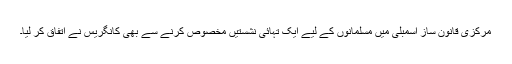
مرکزی قانون ساز اسمبلی میں مسلمانوں کے لیے ایک تہائی نشستیں مخصوص کرنے سے بھی کانگریس نے اتفاق کر لیا۔